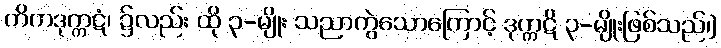
ကိကဒုက္ကဋံ၊ ၌လည်း ထို ၃-မျိုး သညာကွဲသောကြောင့် ဒုက္ကဋိ ၃-မျိုးဖြစ်သည်၊]